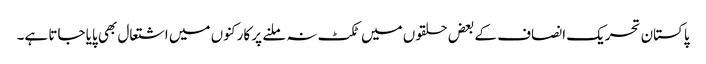
پاکستان تحریک انصاف کے بعض حلقوں میں ٹکٹ نہ ملنے پر کارکنوں میں اشتعال بھی پایا جاتا ہے۔